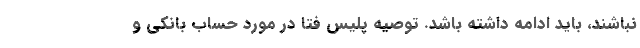
نباشند، باید ادامه داشته باشد. توصیه پلیس فتا در مورد حساب بانکی و